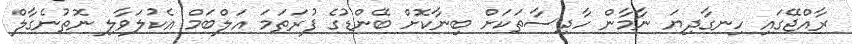
ރާއްޖޭގައި ހިނގާދިޔަ ނާމާން ހާދިސާތަކަށް ބިނާކޮށް ބޭންޑުގެ ފުރަތަމަ އަލްބަމް އެކުލަވާލި ނޮތުނެގާލް